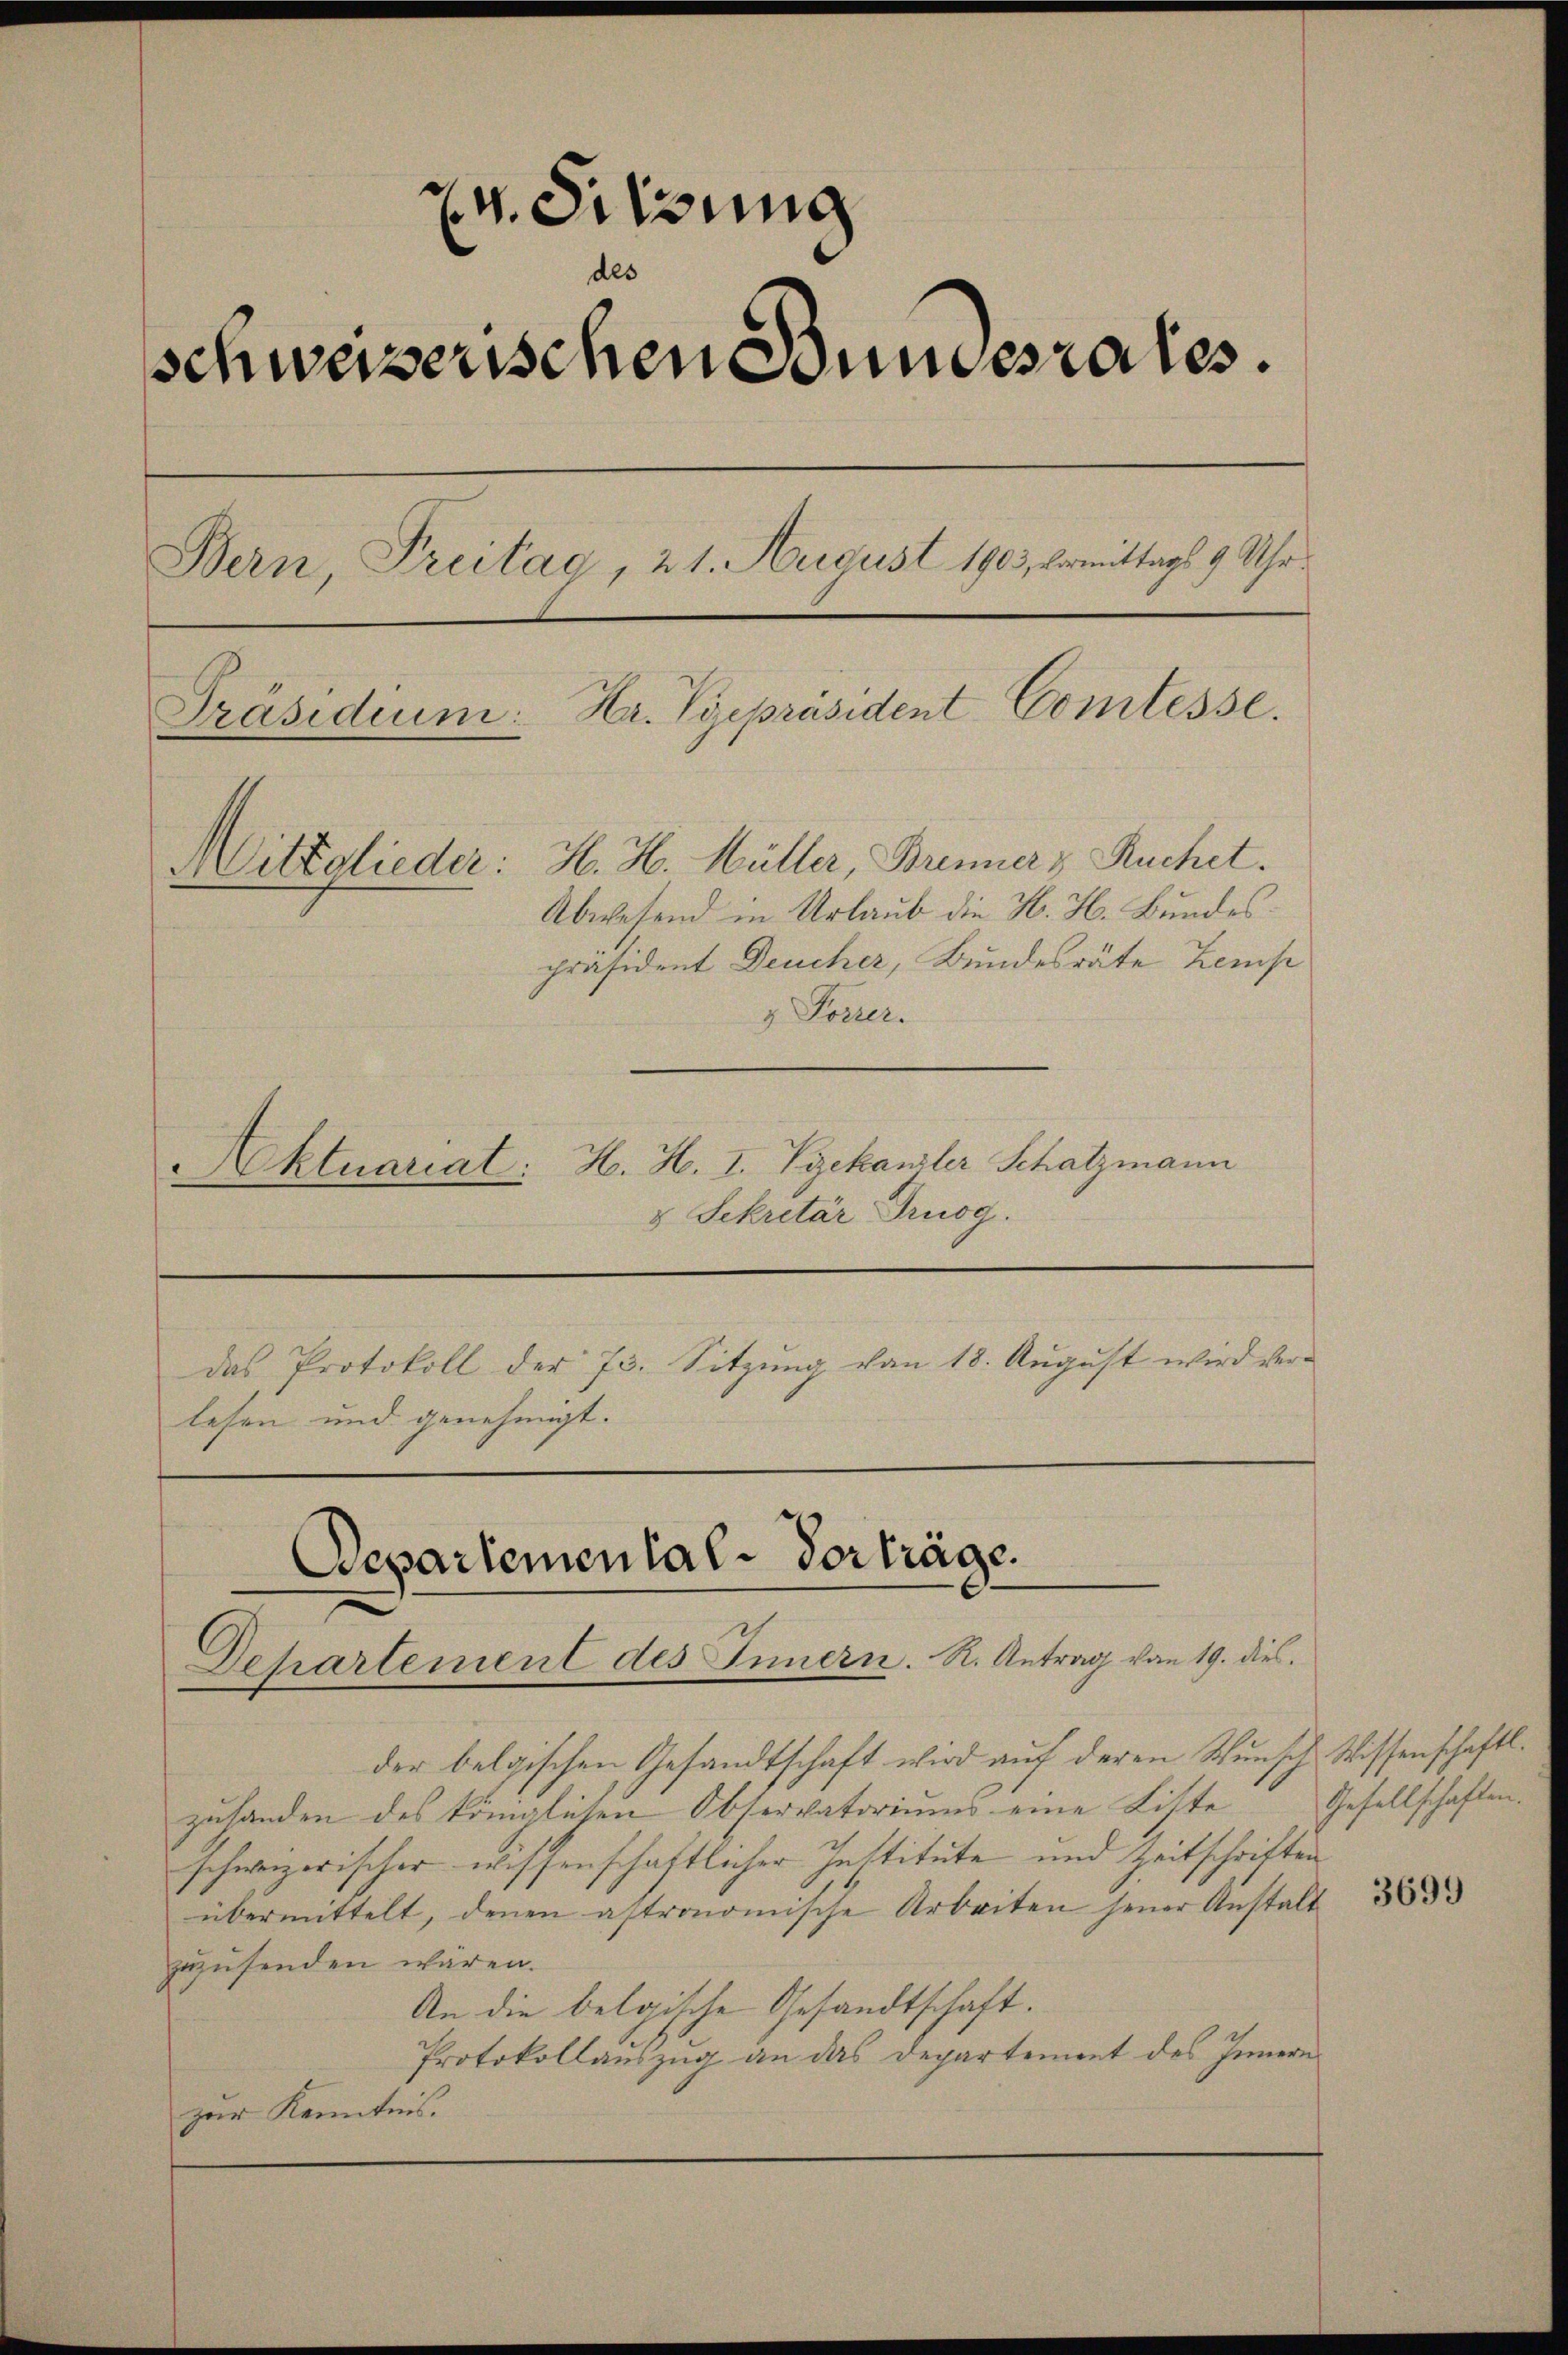
e
v. Sitzung
de
schweizerischen Bundesrates.
Bern, Treitag, 21. August 1903, womittags 9 Uhr
Präsidium: Hr. Vgepräsident Comtesse.
Mittglieder: H. H. Müller, Brenners Ruchet.
Abwesend in Urlaub die H. H. Bundespräsident Deucher, Bundesräte Zemp

& Forrer.
H. H. I. Vizekanzler Schatzmann
Aktuariat:
v. Sekretär Druog.
das Protokoll der 73. Sitzung von 18. August wird verlesen und genehmigt.

Departemental-Vorträge.
Departement des Innern. R. Antrag vom 19. dies

der belgischen Gesandtschaft wird auf deren Wunsch Wissenschaftl.
zuhanden des königlichen Observatoriums eine Liste Gesellschaften.
schweizerischer wissenschaftlicher Institute und Zeitschriften
übermittelt, denen astronomische Arbeiten jener Anstalt
zuzusenden wären.
An die belgische Gesandtschaft.
Protokollauszug an das Departement des Innern
zur Kenntnis.

3699